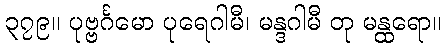
၃၇၉။ ပုဗ္ဗင်္ဂမော ပုရေဂါမီ၊ မန္ဒဂါမီ တု မန္ထရော။